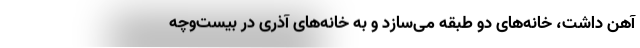
آهن داشت، خانه‌های دو طبقه می‌سازد و به خانه‌های آذری در بیست‌وچه